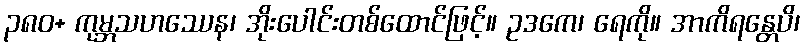
၃၈၀+ ကုမ္ဘသဟဿေန၊ အိုးပေါင်းတစ်ထောင်ဖြင့်။ ဥဒကေ၊ ရေကို။ အာကိရန္တေပိ၊